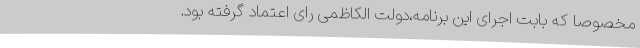
مخصوصا که بابت اجرای این برنامه،دولت الکاظمی رای اعتماد گرفته بود.